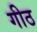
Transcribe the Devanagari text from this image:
गीठ